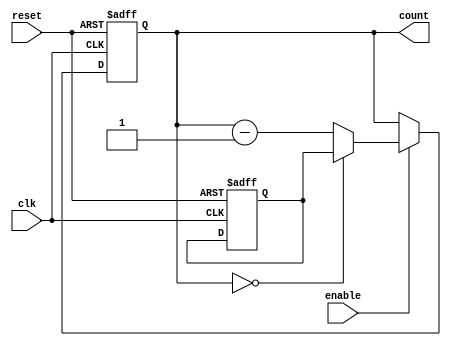
module BCD_Down_Counter_with_Enable (
  input wire clk,
  input wire reset,
  input wire enable,
  output reg [3:0] count
);

reg [3:0] preset_value;

always @(posedge clk or posedge reset) begin
  if (reset) begin
    count <= 4'b0000;
    preset_value <= 4'b0000;
  end else if (enable) begin
    if (count == 4'b0000) begin
      count <= preset_value;
    end else begin
      count <= count - 1;
    end
  end
end

endmodule